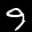
Label: 9